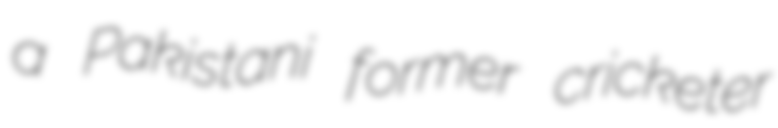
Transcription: a Pakistani former cricketer